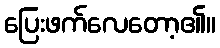
ပြေးဖက်လေတော့၏။